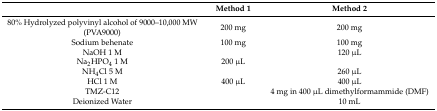
<table><thead><tr><td></td><td><b>Method 1</b></td><td><b>Method 2</b></td></tr></thead><tbody><tr><td>80% Hydrolyzed polyvinyl alcohol of 9000–10,000 MW (PVA9000)</td><td>200 mg</td><td>200 mg</td></tr><tr><td>Sodium behenate</td><td>100 mg</td><td>100 mg</td></tr><tr><td>NaOH 1 M</td><td></td><td>120 μL</td></tr><tr><td>Na<sub>2</sub>HPO<sub>4</sub> 1 M</td><td>200 μL</td><td></td></tr><tr><td>NH<sub>4</sub>Cl 5 M</td><td></td><td>260 μL</td></tr><tr><td>HCl 1 M</td><td>400 μL</td><td>400 μL</td></tr><tr><td>TMZ-C12</td><td></td><td>4 mg in 400 μL dimethylformammide (DMF)</td></tr><tr><td>Deionized Water</td><td></td><td>10 mL</td></tr></tbody></table>